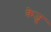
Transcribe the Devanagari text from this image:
केजू